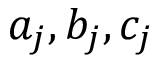
a _ { j } , b _ { j } , c _ { j }